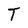
Character: T